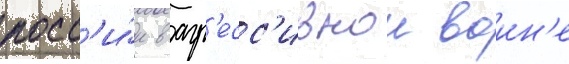
росс'и́и в агр'есс'ивнои воин'е